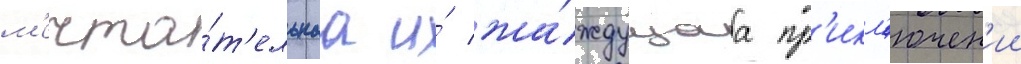
м'ечта́т'ельнаа и́ жа́ждущаа пр'икл'ючен'ии